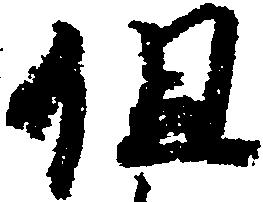
但